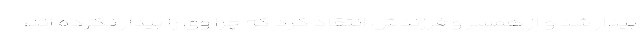
بیدار شد و از همسر و فرزندش انتقاد کرد که چرا وی را بیدار نکرده اند!